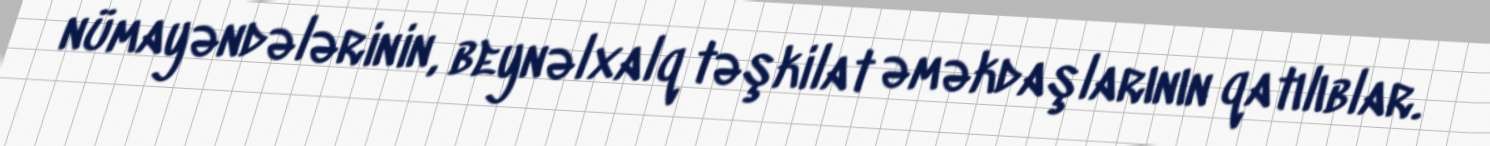
nümayəndələrinin, beynəlxalq təşkilat əməkdaşlarının qatılıblar.